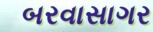
બરવાસાગર